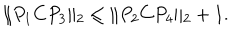
LaTeX: \| P _ { 1 } C P _ { 3 } \| _ { 2 } \le \| P _ { 2 } C P _ { 4 } \| _ { 2 } + 1 .